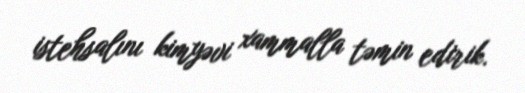
istehsalını kimyəvi xammalla təmin edirik.